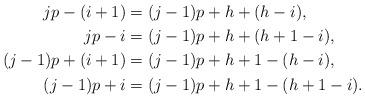
LaTeX: \begin{align*}jp-(i+1) &= (j-1)p+h+(h-i),\\jp-i &= (j-1)p+h+(h+1-i),\\(j-1)p+(i+1) &= (j-1)p+h+1-(h-i),\\(j-1)p+i &= (j-1)p+h+1-(h+1-i).\end{align*}